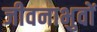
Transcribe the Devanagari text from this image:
जीवनाभुवों